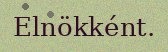
Elnökként.